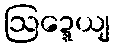
ဩဍ္ဍေယျ